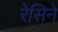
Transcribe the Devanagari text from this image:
रेसिने